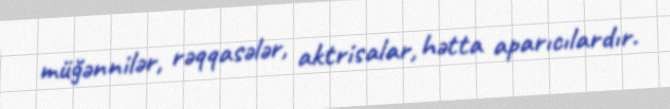
müğənnilər, rəqqasələr, aktrisalar, hətta aparıcılardır.